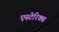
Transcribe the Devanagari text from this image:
एस्टेरिक्स